Medical and sanitary report of the native army of Bengal for the year
Year: 1877
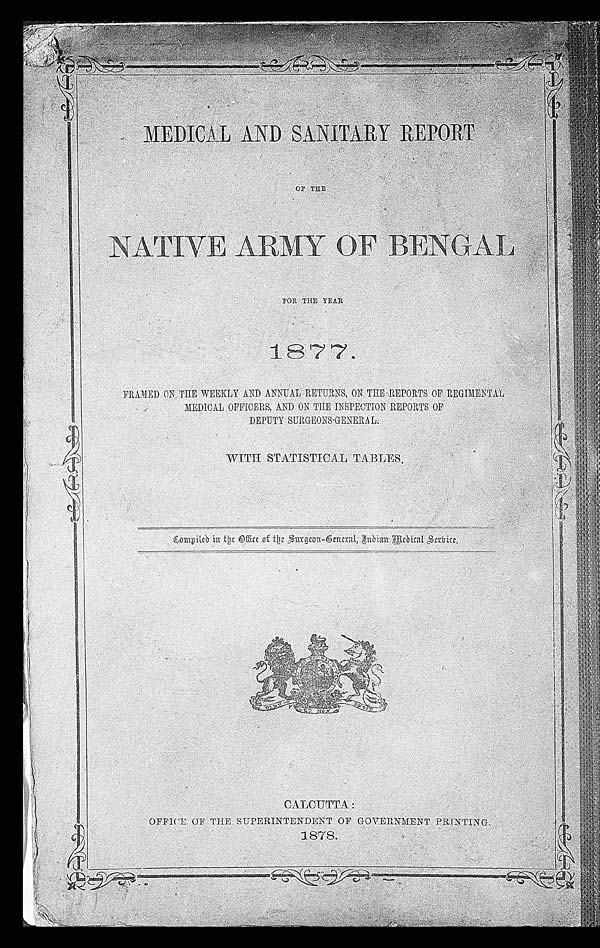
MEDICAL AND SANITARY REPORT
OF T
HE
NATIVE ARMY OF BENGAL
FOR THE YEAR
1877.
FRAMED ON THE WEEKLY AND ANNUAL RETURNS, ON THE REPOST OF REGIMENTAL
MEDICAL OFFICERS, AND ON THE INSPECTION REPORTS OF
DEPUTY SURGEONS-GENERAL.
WITH STATISTICAL TABLES.
Compiled in the Office of the Surgeon-General, Indian Medical Service.
CALCUTTA:
OFFICE OF THE SUPERINTENDENT OF GOVERNMENT PRINTING.
1878.